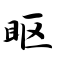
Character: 眍